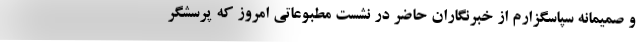
و صمیمانه سپاسگزارم از خبرنگاران حاضر در نشست مطبوعاتی امروز که پرسشگر